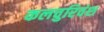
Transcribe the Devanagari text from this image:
कलचुरिवंश